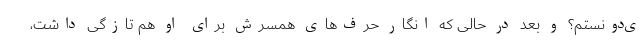
ی­دونستم؟ و بعد در حالی که انگار حرف­های همسرش برای او هم تازگی داشت،